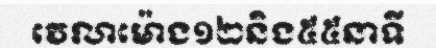
វេលាម៉ោង១២និង៥៥នាទី